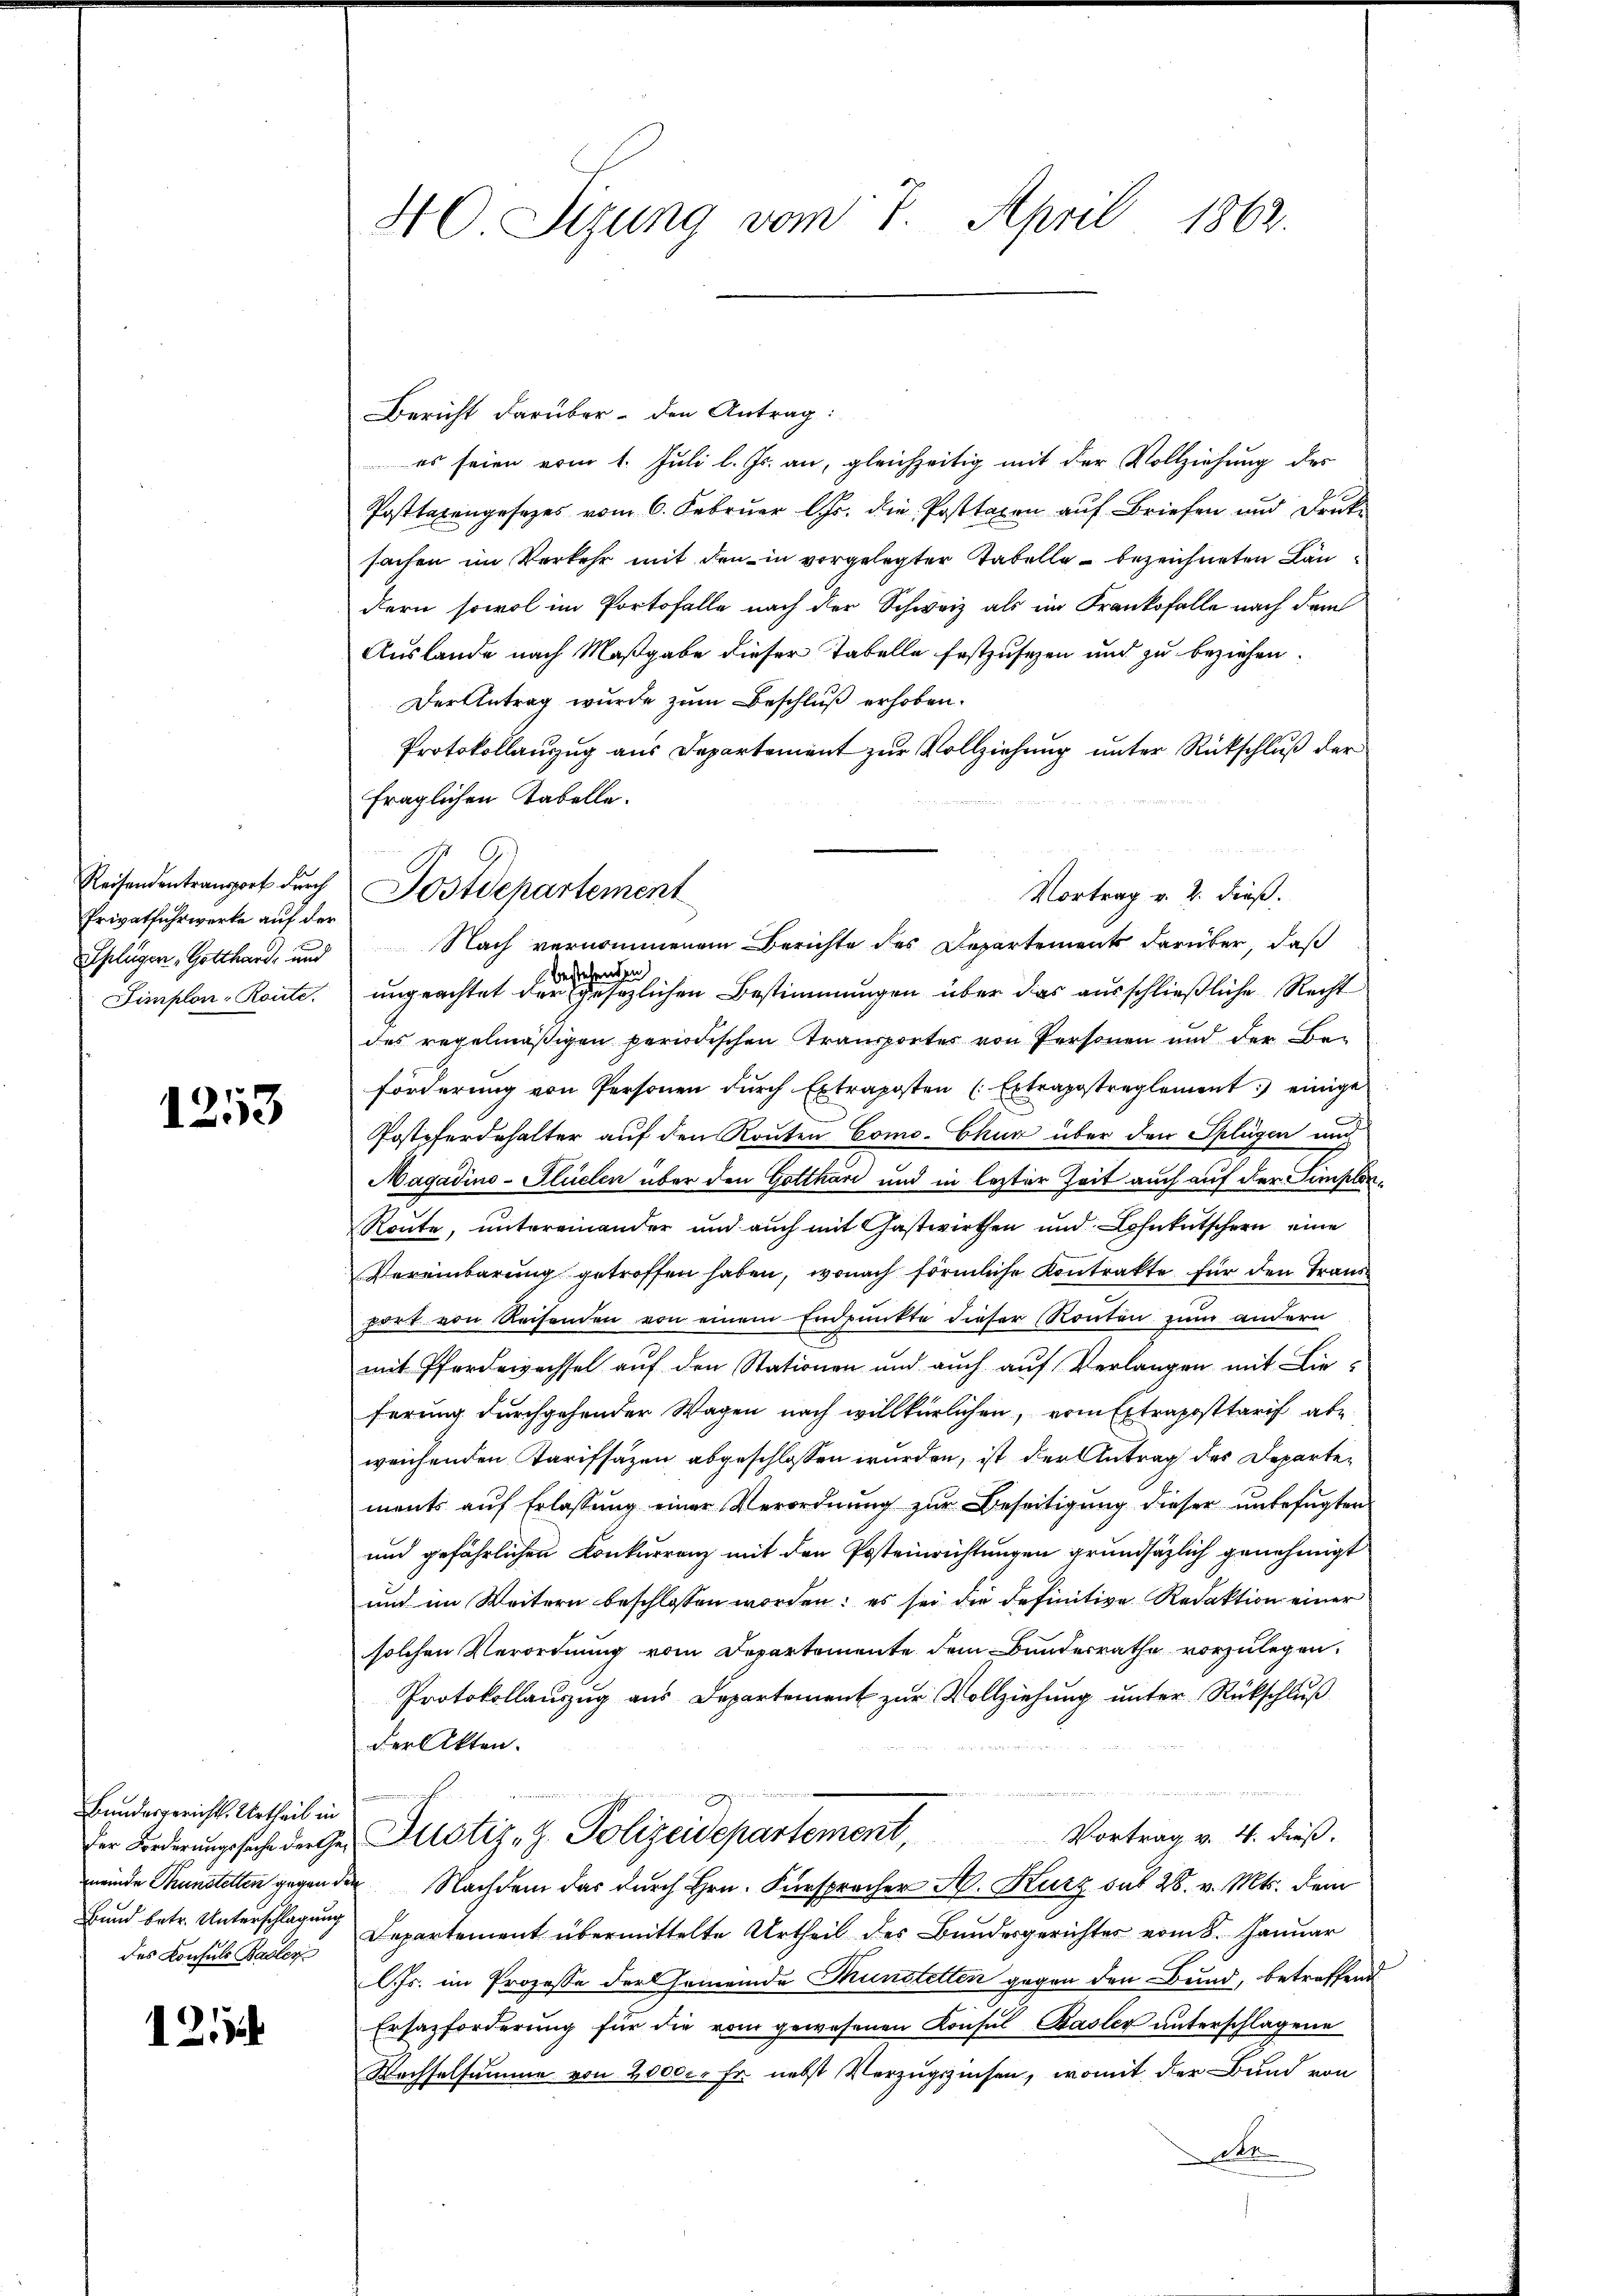
Reisendentransport durch
Privatfuhrwerke auf der
Splügen Gotthard, und
Simplon-Route.

1253

121

Bundergerichts Urtheil in
Bund betr. Unterschlagung
des Konsuls Basler

40 Sizung vom 7. April 1862.

Bericht darüber den Antrag:
es seien vom 1. Juli l. Js. an, gleichzeitig mit der Vollziehung des
Posttaxengesezes vom 6. Februar Chr. die Posttaxen auf Briefen und Druke
sachen im Verkehr mit den in vorgelegter Tabelle bezeichneten Ländern sowol im Portofalle nach der Schweiz als im Frankofalle nach dem
Auslande nach Maßgabe dieser Tabelle festzusezen und zu beziehen.
Der Antrag wurde zum Beschluß erhoben.
Protokollauszug aus Departement zur Vollziehung unter Rückschluß der
fraglichen Tabelle.
bestehenden
ungeachtet der gesezlichen Bestimmungen über das ausschließliche Recht
des regelmäßigen periodischen Transportes von Personen und der Bei
förderung von Personen durch Extraposten (Extrapostreglement: einige
Postpferdehalter auf den Routen Como- Chur über den Splügen und
Magadino-Glüelen über den Gotthari und in lezter Zeit auch auf der Simplon¬
Route, untereinander und auch mit Gastwirthen und Lohnkutschern eine
Vereinbarung getroffen haben, wonach förmliche Kontrakte für den Transport von Reisenden von einem Endpunkte dieser (Routen zum andern
mit Pferdewachsel auf den Stationen und auch auf Verlangen mit Lieferung durchgehender Wagen nach willkürlichen, vom Extraposttarif abe
weichenden Tarifsäzen abgeschlossen wurden, ist der Antrag des Departements auf Erlassung einer Verordnung zur Beseitigung dieser unbefugten
und gefährlichen Conkurrenz mit den Posteinrichtungen grundsätzlich genehmigt
und im Weitern beschlossen worden: es sei die definitive Redaktion einer
solchen Verordnung vom Departemente dem Bundesrathe vorzulegen.
Protokollauszug aus Departement zur Vollziehung unter Rückschluß
der Akten.
Vortrag v. 4. dieß.
der Federungssache der Ges. Zustiz, H. Polizeidepartement,
meinde Thunstetten gegen der Nachdem das durch Hrn. Fürsprecher N. Kurz dat 28. v. Mts. dem
Departement übermittelte Urtheil des Bundesgerichtes vom 8. Januar
lJs. im Prozesse der Gemeinde Kunstetten gegen den Bund, betreffend
Ersazforderung für die vom gewesenen Konsul Basler unterschlagene
Wachselsumme von 20000 Fr. nebst Verzugszinsen, womit der Bund von
Ah.

Postdepartement
Vortrag v. 2. dieß.
Nach vernommenem Berichte des Departements darüber, daß